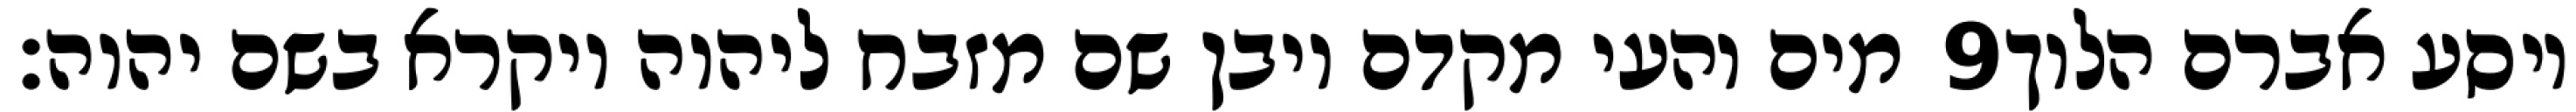
מים והעי מקדם ויבן שם מזבח ליהוה ויקרא בשם יהוה׃ ‎9‏ ויסע אברם הלוך